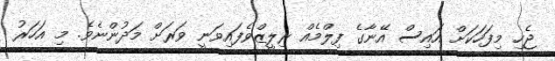
ޖެހި މިފަހަކަށް އައިސް އޭނާގެ ފިލްމެއް ރިލީޒްވެފައިވަނީ ވަރަށް މަދުންނެވެ. މި އަހަރު